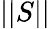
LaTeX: ||S||